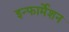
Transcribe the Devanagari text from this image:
इन्‍फार्मेशन